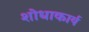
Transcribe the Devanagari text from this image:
शोधाकार्य